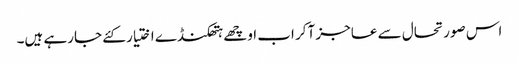
اس صورتحال سے عاجز آکر اب اوچھے ہتھکنڈے اختیار کئے جارہے ہیں۔